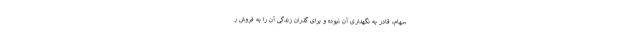
سهام، قادر به نگهداری آن نبوده و برای گذران زندگی آن را به فروش ر